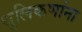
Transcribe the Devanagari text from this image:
धुलिकणांना